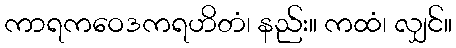
ကာရကဝေဒကရဟိတံ၊ နည်း။ ကထံ၊ လျှင်။